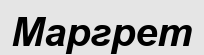
Маргрет